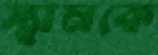
স্থানকে